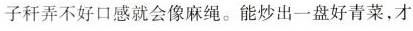
子秆弄不好口感就会像麻绳。能炒出一盘好青菜，才